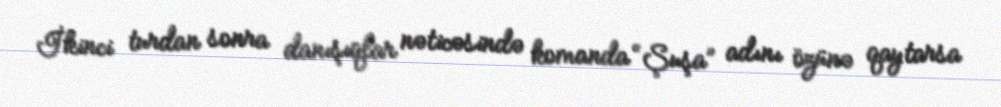
İkinci turdan sonra danışıqlar nəticəsində komanda “Şuşa” adını özünə qaytarsa